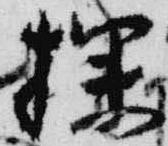
探